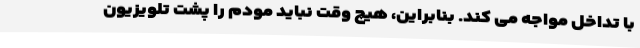
با تداخل مواجه می کند. بنابراین، هیچ وقت نباید مودم را پشت تلویزیون